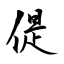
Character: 偍